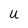
Character: U